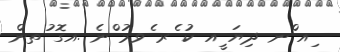
ިއ ްނ ދިޔަ ީއ ކު ެރ ެވމު ްނެ .އގޮ ުތން